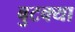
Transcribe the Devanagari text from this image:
बुटक्‍या